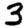
Digit: 3